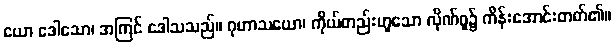
ယော ဒေါသော၊ အကြင် ဒေါသသည်။ ဂုဟာသယော၊ ကိုယ်တည်းဟူသော လိုဏ်ဂူ၌ ကိန်းအောင်းတတ်၏။